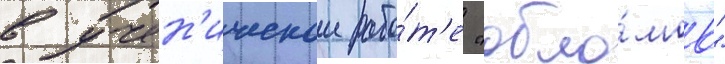
в учен'ическои рабо́т'е "обло́мов"